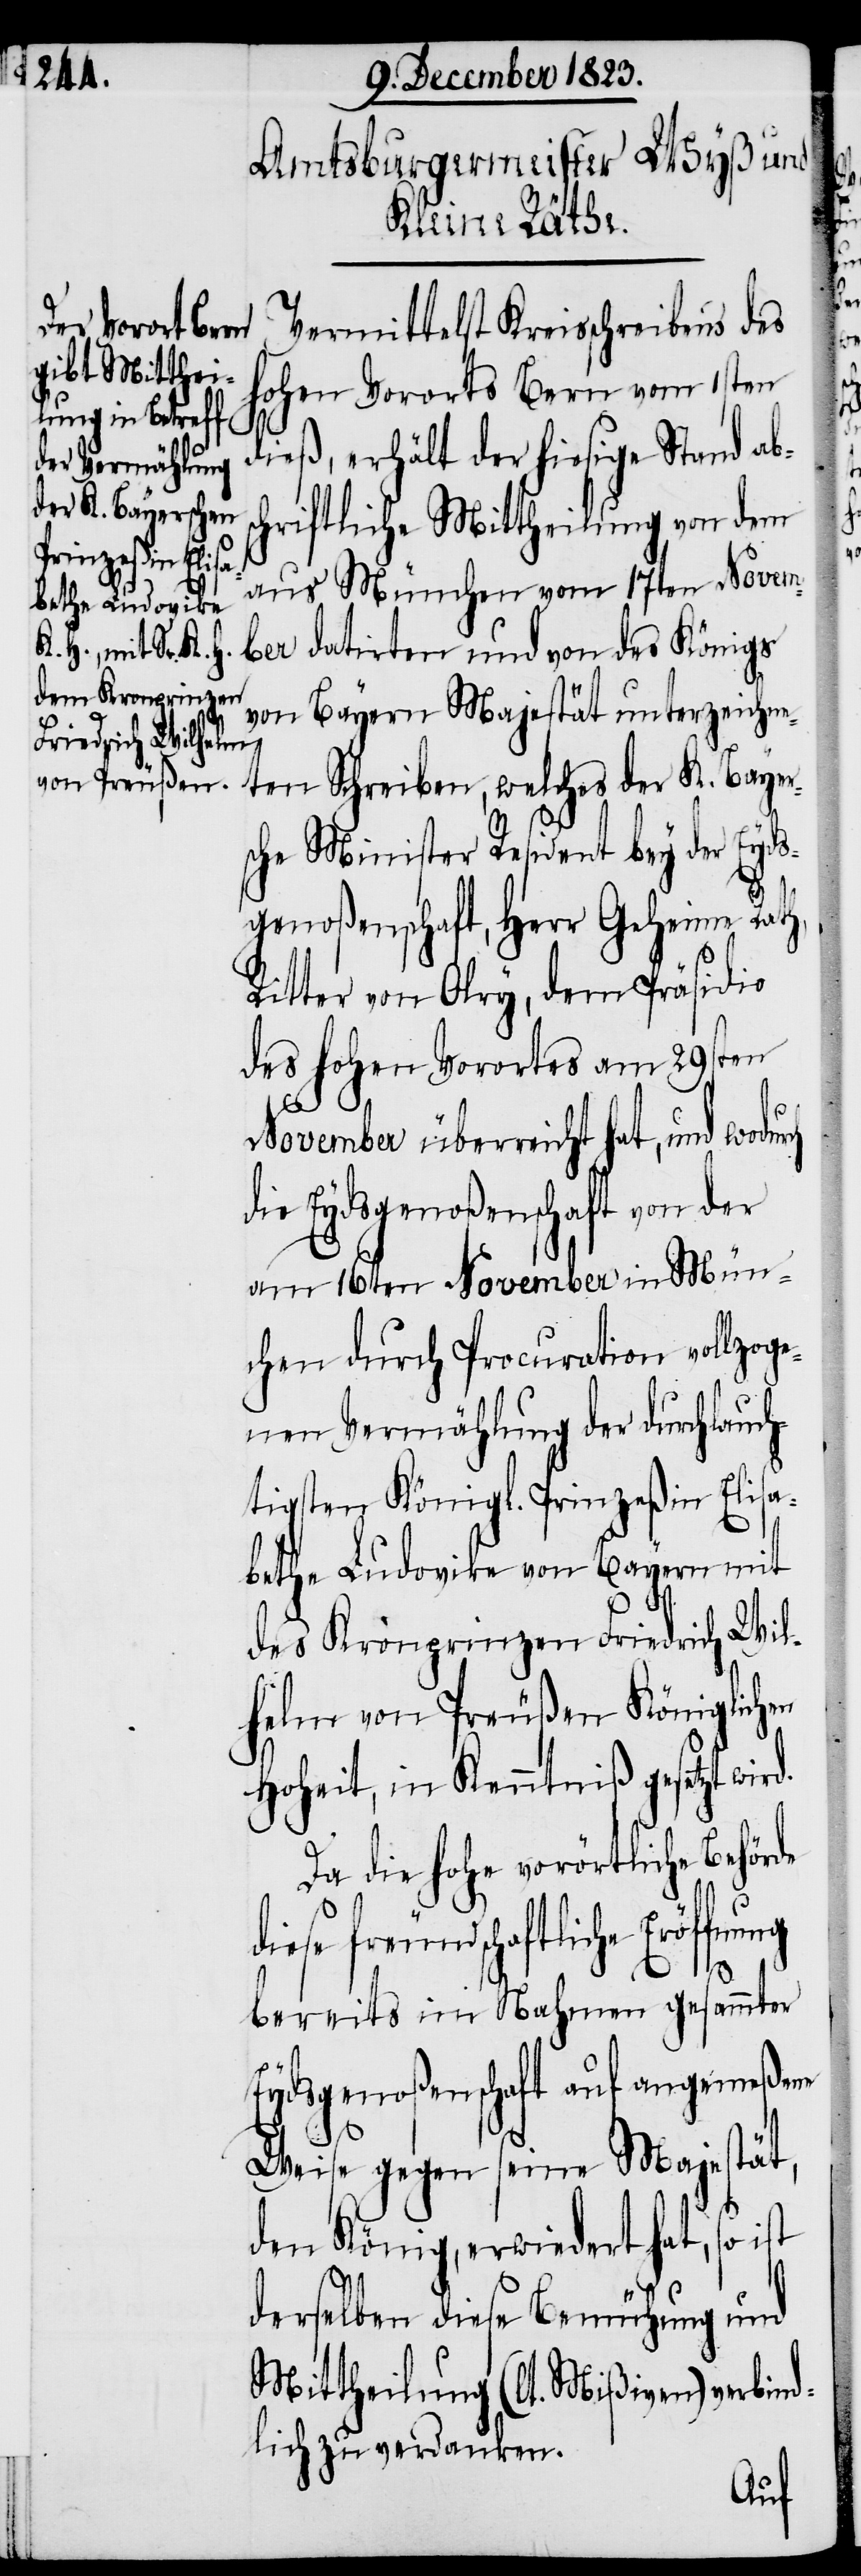
Vermittelst Kreisschreibens des
hohen Vororts Bern vom 1sten
dieß, erhält der hiesige Stand abs¬
chriftliche Mittheilung von dem
aus München vom 17ten Novem¬
ber datirten und von des Königs
von Bayern Majestät unterzeichne¬
ten Schreiben, welches der K. Bayer¬
che Minister Resident bey der Eyds¬
genoßenschaft, Herr Geheime Rath,
Ritter von Olry, dem Präsidio
des hohen Vorortes am 29sten
s¬
d.
November überreicht hat, und wodurch
die Eydsgenoßenschaft von der
am 16ten November in Mün¬
chen durch Procuration vollzoge¬
nen Vermählung der durchlauch¬
tigsten Königl. Prinzeßin Elisa¬
bethe Ludovike von Bayern mit
des Kronprinzen Friedrich Wil¬
helm von Preußen Königlichen
Hoheit, in Kenntniß gesetzt wir¬
Da die hohe vorörtliche Behörde
diese freundschaftliche Eröffnung
bereits im Nahmen gesammter
Eydsgenoßenschaft auf angemeßene
Weise gegen seine Majestät,
den König, erwiedert hat, so
derselben diese Bemühung und
Mittheilung
(lt. Mißiven) verbind¬
lich zu verdanken.